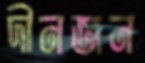
দীনজন